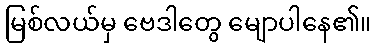
မြစ်လယ်မှ ဗေဒါတွေ မျောပါနေ၏။